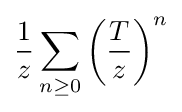
{\frac {1}{z}}\sum _{n\geq 0}\left({\frac {T}{z}}\right)^{n}